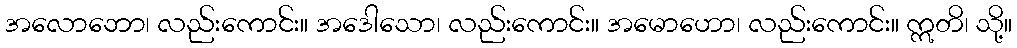
အလောဘော၊ လည်းကောင်း။ အဒေါသော၊ လည်းကောင်း။ အမောဟော၊ လည်းကောင်း။ ဣတိ၊ သို့။